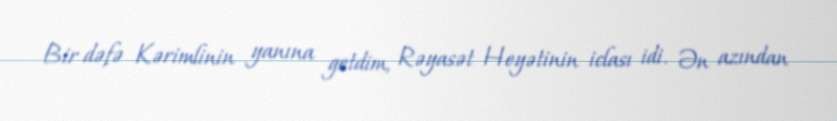
Bir dəfə Kərimlinin yanına getdim, Rəyasət Heyətinin iclası idi. Ən azından